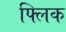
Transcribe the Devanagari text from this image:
फ्‍लिक